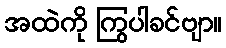
အထဲကို ကြွပါခင်ဗျာ။